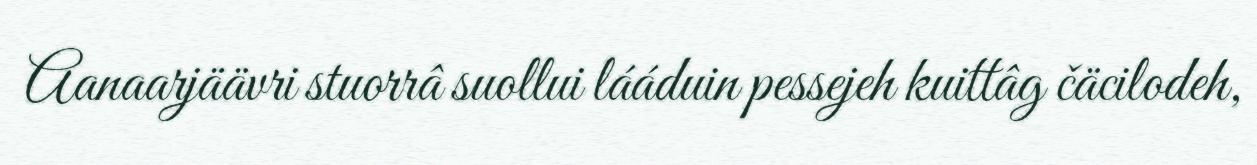
Aanaarjäävri stuorrâ suollui lááduin pessejeh kuittâg čäcilodeh,